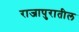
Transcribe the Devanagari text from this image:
राजापुरातील